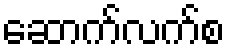
ဆောက်လက်စ